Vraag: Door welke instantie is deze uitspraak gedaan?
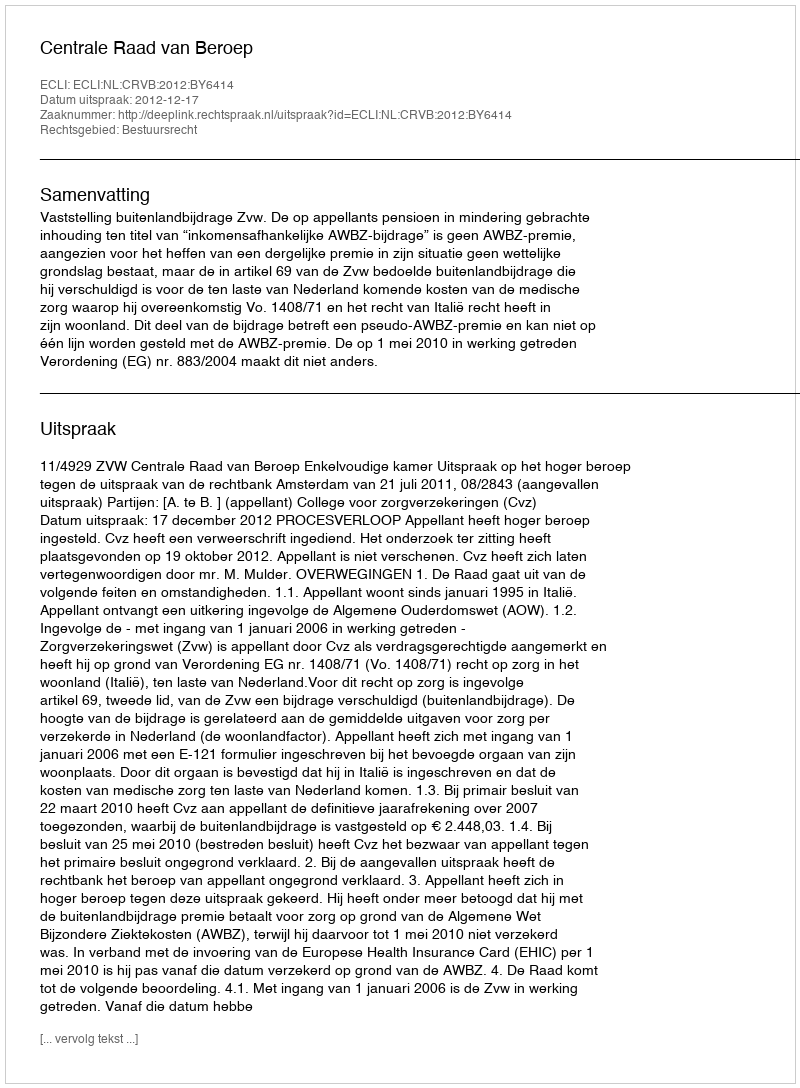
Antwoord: Centrale Raad van Beroep